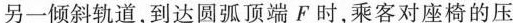
另一倾斜轨道，到达圆弧顶端F时，乘客对座椅的压